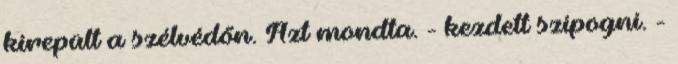
kirepült a szélvédőn. Azt mondta. - kezdett szipogni. -